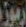
رموز